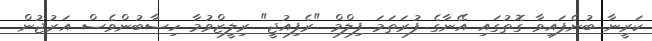
ކަރީނާ ބުނެފައިވާ ގޮތުގައި އޭނާގެ ފުރަތަމަ ފިލްމް "ރެފިއުޖީ" ރިލީޒްވުމާ ހިސާބުންވެސް އަރުޖުން